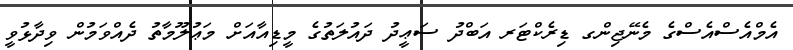
އެމްއެސްއެސްގެ މެނޭޖިންގ ޑިރެކްޓަރ އަބްދު ސަޢީދު ދައުލަތުގެ މީޑިއާއަށް މަޢުލޫމާތު ދެއްވަމުން ވިދާޅުވީ